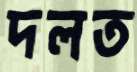
দলত